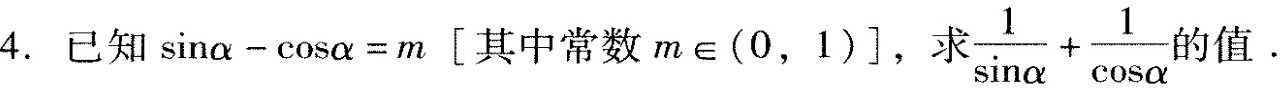
4.已知$$\sin α - \cos α = m$$ \left[其中常数m\in(0,1)\right],求$$\frac { 1 } { \sin α }+ \frac { 1 } { \cos α }的值.